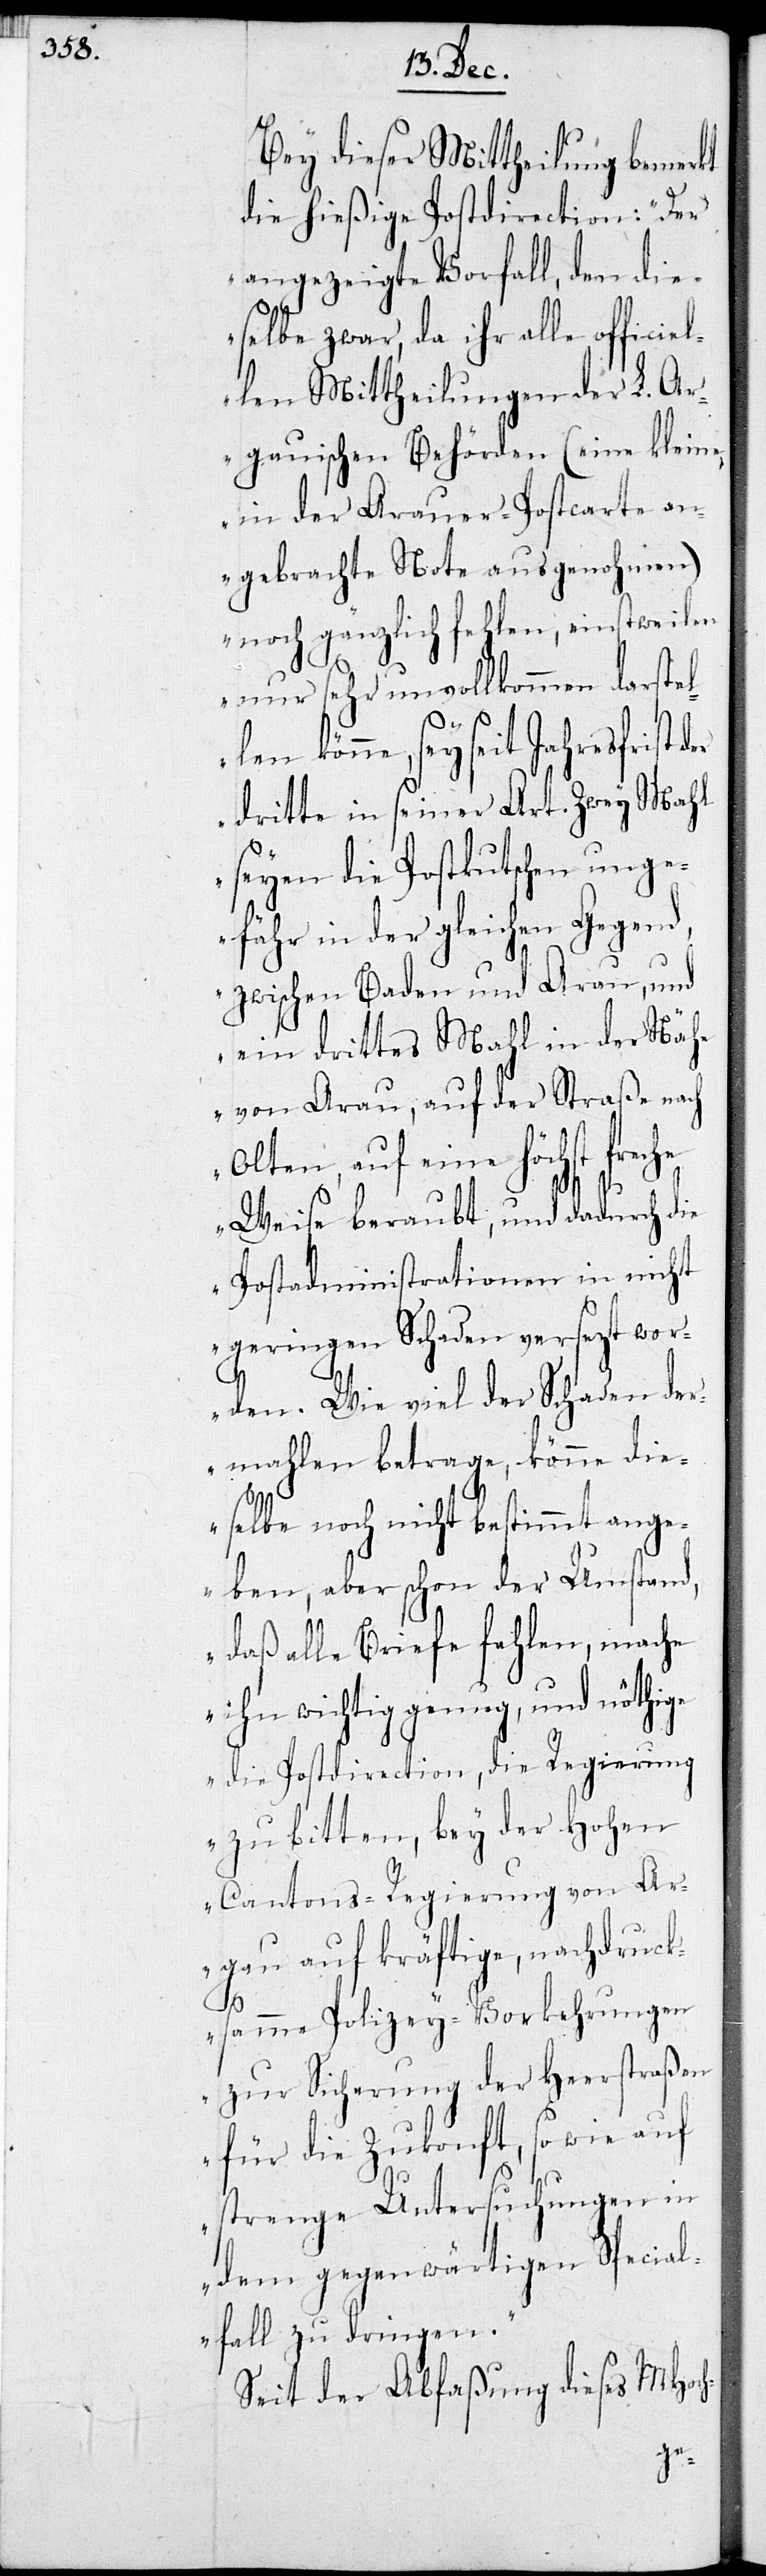
Bey dieser Mittheilung bemerkt
die hießige Postdirection: „Der
angezeigte Vorfall, den die¬
selbe zwar, da ihr alle officiel¬
len Mittheilungen der L. Aar¬
gauischen Behörden (eine kleine,
in der Aarauer-Postkarte an¬
gebrachte Note ausgenohmen)
noch gänzlich fehlen, einstweilen
nur sehr unvollkommen darstel¬
len könne, sey seit
dritte in seiner Art. Zwey Mahl
seyen die Postkutschen unge¬
fähr in der gleichen Gegend
zwischen Baaden und Aarau, und
ein drittes Mahl in der Näh¬
e von Aarau, auf der Straße nach
Olten, auf eine höchst freche
Weise beraubt, und dadurch die
Postadministrationen in nicht
geringen Schaden versezt wor¬
den. Wie viel der Schaden der¬
mahlen betrage, könne die¬
selbe noch nicht bestimmt ange¬
ben, aber schon der Umstand,
daß alle Briefe fehlen, mache
ihn wichtig genug, und nöthige
die Postdirection, die Regierung
zu bitten, bey der Hohen
Cantons-Regierung von Aa¬
rgau auf kräftige, nachdruck¬
same Polizey-Vorkehrungen
zur Sicherung der Heerstraßen
für die Zukonft, so wie auf
strenge Untersuchungen in
dem gegenwärtigen Special¬
fall zu dringen.“
Seit der Abfaßung dieses MHoch-